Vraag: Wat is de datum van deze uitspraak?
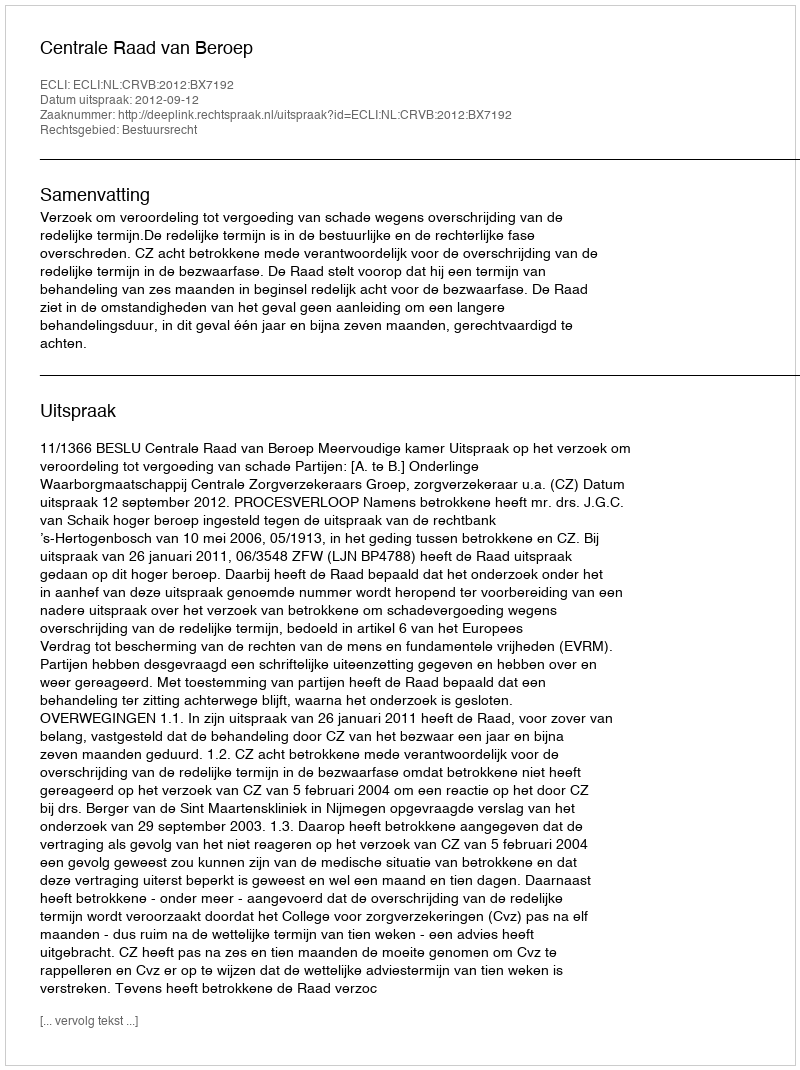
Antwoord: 2012-09-12